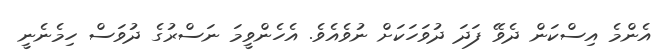
އެންމެ އިސްކަން ދެވޭ ފަދަ ދުވަހަކަށް ނުވެއެވެ. އެެހެންވީމަ ނަސްރުގެ ދުވަސް ހިމެނެނީ